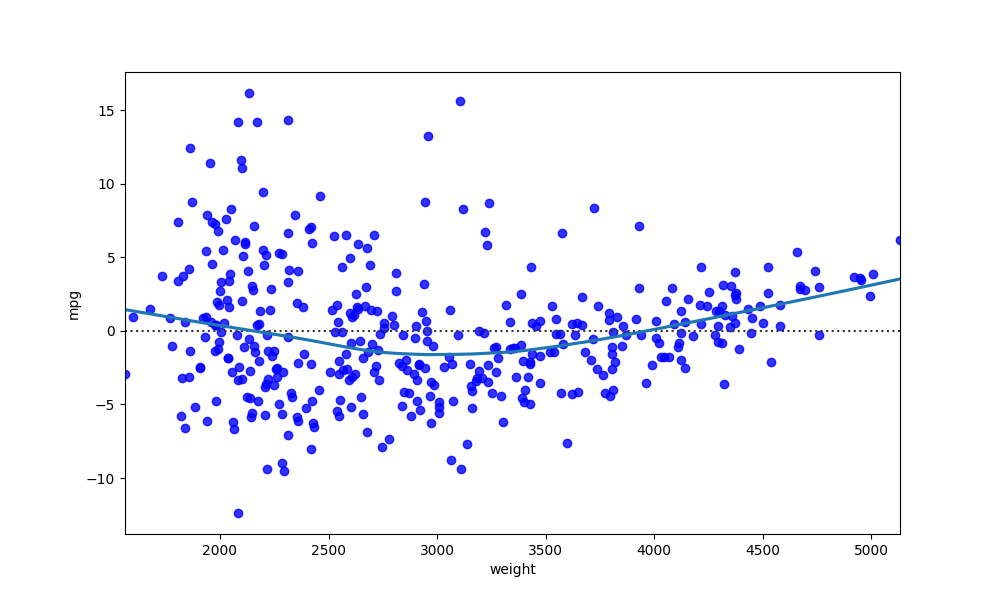
python, seaborn, residplot, lowess=True, scatter_color=blue